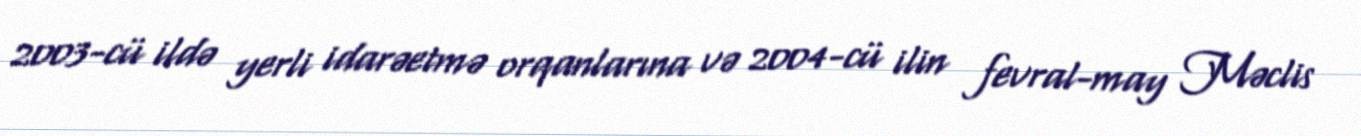
2003-cü ildə yerli idarəetmə orqanlarına və 2004-cü ilin fevral-may Məclis